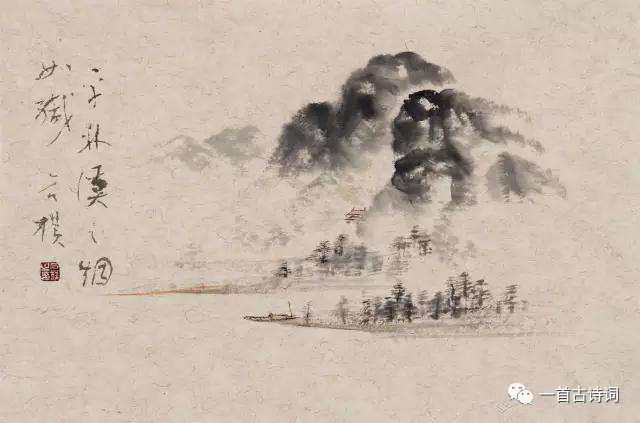
玉阶空伫立，宿鸟归飞急。